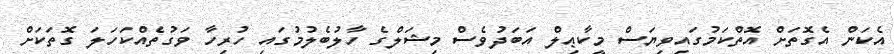
އެކަން އެގޮތަށް އޮތްކަމުގައިވިޔަސް މީކާޢިލް އަބަދުވެސް މިޝަލްގެ ހާލުބެލުމުގައި ހުރިހާ ވަގުތެއްކަހަލަ ގޮތަކަށް